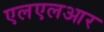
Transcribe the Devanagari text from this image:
एलएलआर